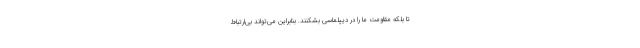
تا بلکه مقاومت ما را در دیپلماسی بشکنند. بنابراین می‌تواند بی‌ارتباط